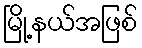
မြို့နယ်အဖြစ်